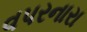
વપરનારા